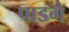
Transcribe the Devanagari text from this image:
पाडगे